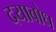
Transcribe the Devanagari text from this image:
दयाबोध